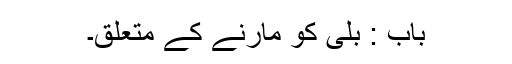
باب : بلی کو مارنے کے متعلق۔